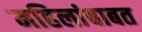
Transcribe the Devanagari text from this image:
महिलांबाबत